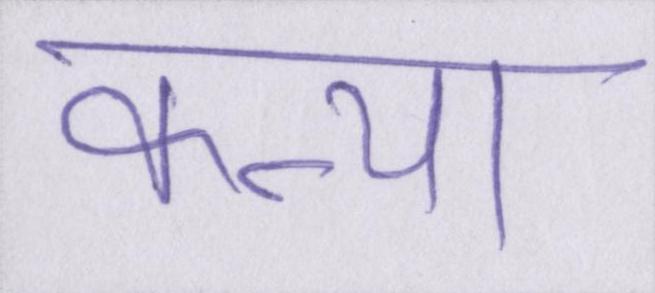
कन्या